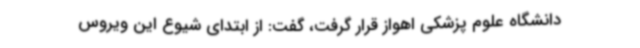
دانشگاه علوم پزشکی اهواز قرار گرفت، گفت: از ابتدای شیوع این ویروس